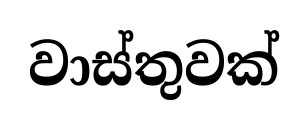
වාස්තුවක්